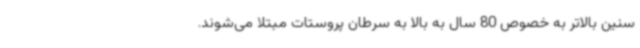
سنین بالاتر به خصوص 80 سال به بالا به سرطان پروستات مبتلا می‌شوند.